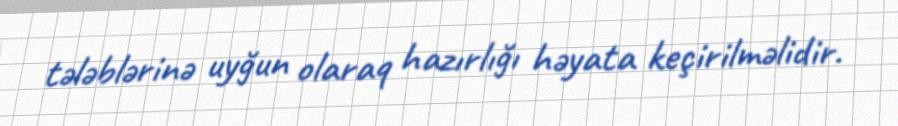
tələblərinə uyğun olaraq hazırlığı həyata keçirilməlidir.